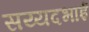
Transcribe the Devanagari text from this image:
सय्यदभाई